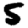
Digit: 5